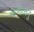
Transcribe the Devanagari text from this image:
पोनीव्वनु